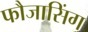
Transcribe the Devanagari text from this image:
फौजासिंग